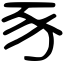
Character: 豕